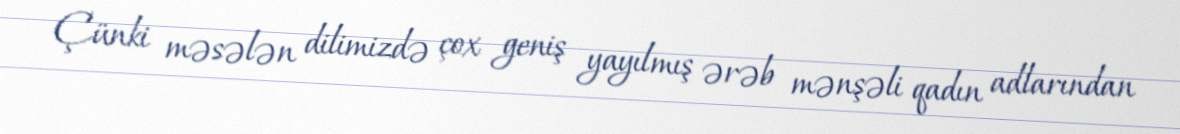
Çünki məsələn dilimizdə çox geniş yayılmış ərəb mənşəli qadın adlarından